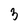
Character: 3